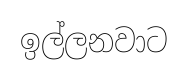
ඉල්ලනවාට